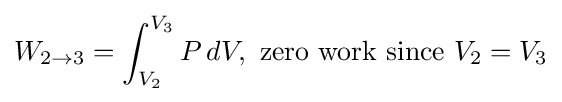
W_{2\to 3}=\int _{V_{2}}^{V_{3}}P\,dV,\,\,{\text{zero work since }}V_{2}=V_{3}